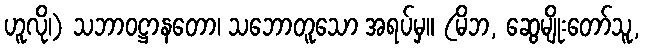
ဟူလို၊) သဘာဝဋ္ဌာနတော၊ သဘောတူသော အရပ်မှ။ (မိဘ, ဆွေမျိုးတော်သူ,